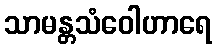
သာမန္တသံဝေါဟာရေ